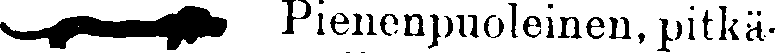
Pienenpuoleinen, pitkä-